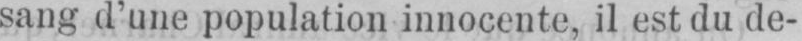
sang d’une population innocente, il est du de-